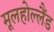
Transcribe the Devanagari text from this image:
मूलहोल्लैंड